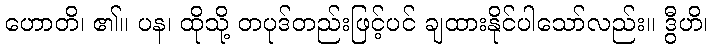
ဟောတိ၊ ၏။ ပန၊ ထိုသို့ တပုဒ်တည်းဖြင့်ပင် ချထားနိုင်ပါသော်လည်း။ ဒွီဟိ၊